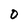
Character: 0